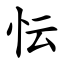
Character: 忶